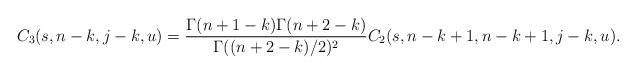
LaTeX: \begin{align*}C_3(s,n-k,j-k,u) = \frac{\Gamma(n+1-k)\Gamma(n+2-k)}{\Gamma((n+2-k)/2)^2}C_2(s,n-k+1,n-k+1,j-k,u). \end{align*}